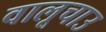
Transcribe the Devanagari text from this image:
वालूचाउ